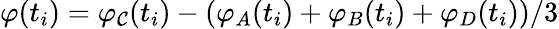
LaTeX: \varphi(t_{i})=\varphi_{\mathcal{C}}(t_{i})-\left(\varphi_{A}(t_{i})+\varphi_{B}(t_{i})+\varphi_{D}(t_{i})\right)/3